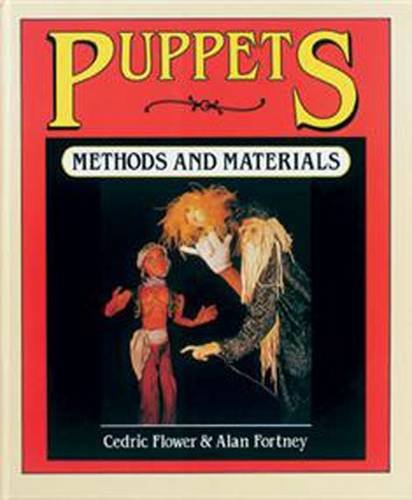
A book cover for Puppets: Methods & Materials; Cedric Flower; Crafts, Hobbies & Home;